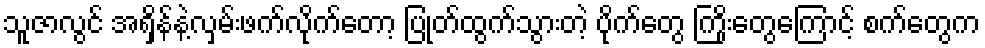
သူဇာလွင် အရှိန်နဲ့လှမ်းဖက်လိုက်တော့ ပြုတ်ထွက်သွားတဲ့ ပိုက်တွေ ကြိုးတွေကြောင့် စက်တွေက